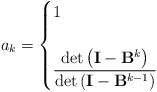
LaTeX: \begin{align*}a_k = \begin{cases}1 & \\ \\\displaystyle{\frac{\det \left(\mathbf{I} - \mathbf{B}^{k}\right)}{\det \left(\mathbf{I} - \mathbf{B}^{k-1}\right)}} & \end{cases}\end{align*}